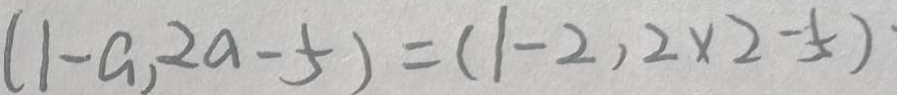
( 1 - a , 2 a - 5 ) = ( 1 - 2 , 2 \times 2 - 5 )